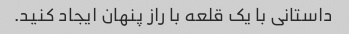
داستانی با یک قلعه با راز پنهان ایجاد کنید.